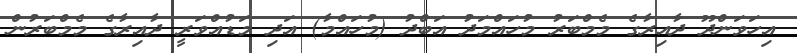
އިހަވަންދޫ ދާއިރާގެ މެމްބަރު މުހައްމަދު އަބްދު (މުހައްމާ) އަދި މަޑުއްވަރީ ދާއިރާގެ މެމްބަރުން